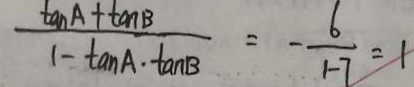
\frac { \tan A + \tan B } { 1 - \tan A \cdot \tan B } = - \frac { 6 } { 1 - 7 } = 1